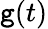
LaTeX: \mathtt{g}(t)